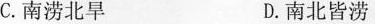
C.南涝北旱 D.南北皆涝